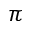
\pi